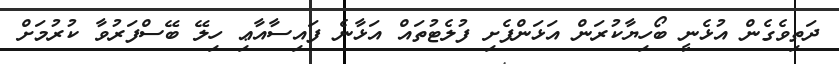
ދަތިވެގެން އުޅެނީ ބޯހިޔާކުރަން އަޅަންފެށި ފުލެޓުތައް އަޅާނެ ފައިސާއާޢި ހިލޭ ބޭސްފަރުވާ ކުރުމަށް